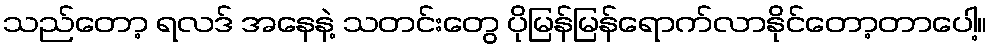
သည်တော့ ရလဒ် အနေနဲ့ သတင်းတွေ ပိုမြန်မြန်ရောက်လာနိုင်တော့တာပေါ့။